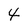
Character: 4